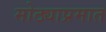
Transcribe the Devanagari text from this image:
मोठ्याप्रमात